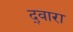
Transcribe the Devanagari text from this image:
द्‍वारा